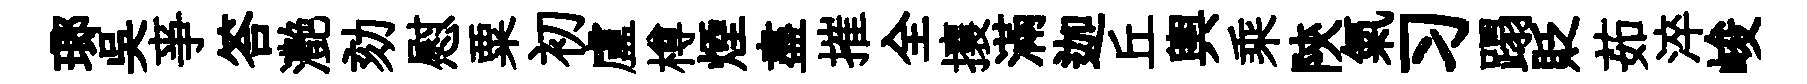
瑯吳亊答灔劾慰粟初盧樽煙盡摧全攘滿迦丘輿乘陝氣习蹋貶茹淬峻